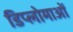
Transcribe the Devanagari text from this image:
डिप्लोमाओं